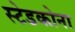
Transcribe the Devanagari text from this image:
स्टेडकोना